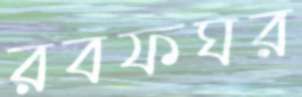
রবফঘর